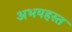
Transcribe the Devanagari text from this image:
अभयहस्त